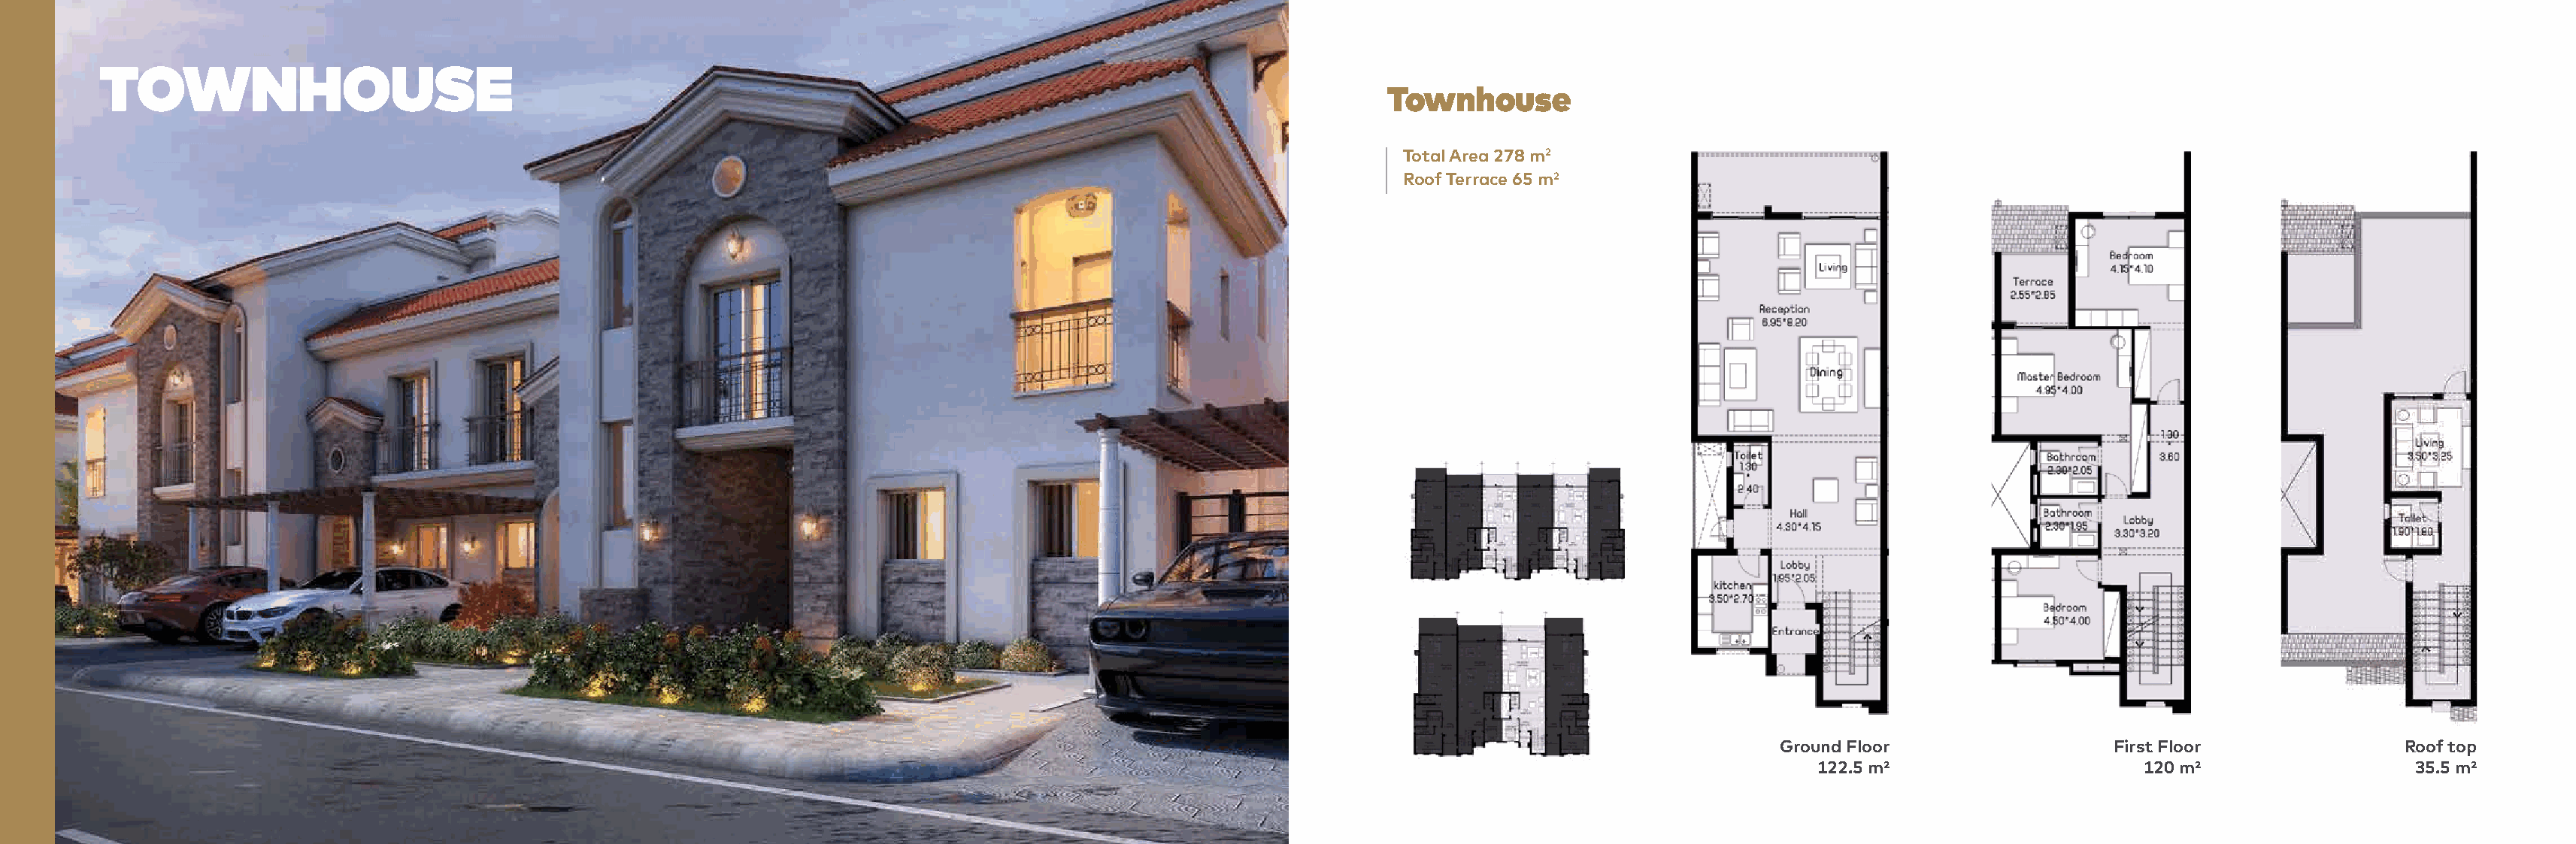
TOWNHOUSE
 Townhouse
 Total Area 278 m2
 Roof Terrace 65 m2
 Ground Floor                 First Floor               Roof top
 122.5 m²                     120 m²                  35.5 m²